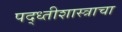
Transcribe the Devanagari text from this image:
पद्ध्तीशास्त्राचा